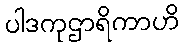
ပါဒကုဌာရိကာဟိ